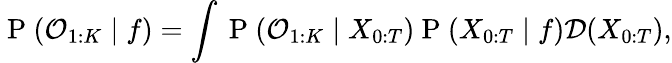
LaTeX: \mathrm{~P~}(\mathcal{O}_{1:K}\mid f)=\int\mathrm{~P~}(\mathcal{O}_{1:K}\mid X_{0:T})\mathrm{~P~}(X_{0:T}\mid f)\mathcal{D}(X_{0:T}),